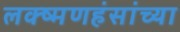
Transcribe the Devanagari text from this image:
लक्ष्मणहंसांच्या